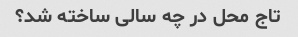
تاج محل در چه سالی ساخته شد؟